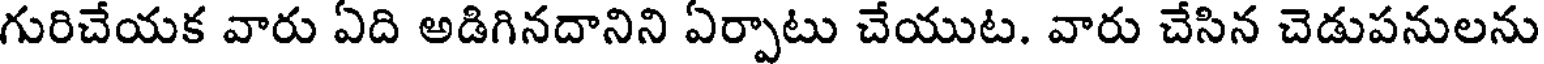
గురిచేయక వారు ఏది అడిగినదానిని ఏర్పాటు చేయుట. వారు చేసిన చెడుపనులను